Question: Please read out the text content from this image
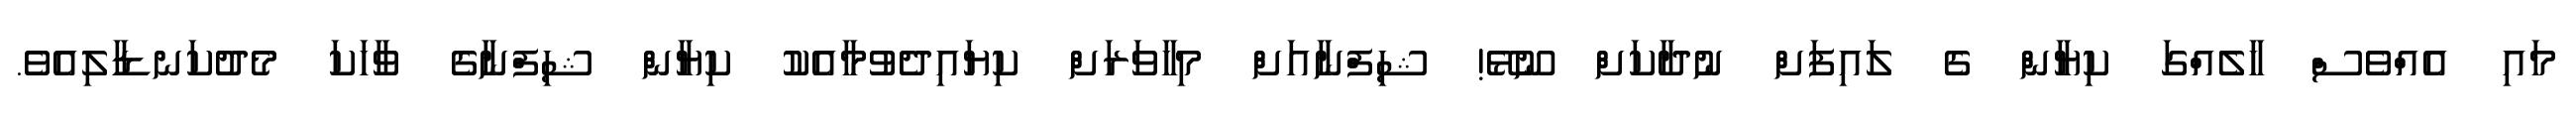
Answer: މައި އެއްވެސް ހާލެއްގަ ކިޔާން ގެ ލައިފަށް ނުދާކަށް ނޫޅޭ! ޝިފްނާއަށް މިހާވަރަށް ކިޔައިދެވުމާއެކު ކިޔާން ޝިފްނާގެ ވާހަކަ މެދުކަނޑާލިއެވެ.